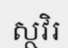
ស្ថវិរ